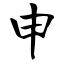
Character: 申